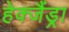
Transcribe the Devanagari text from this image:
हेक्जैंड्रा